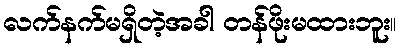
လက်နက်မရှိတဲ့အခါ တန်ဖိုးမထားဘူး။